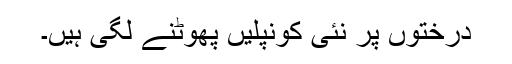
درختوں پر نئی کونپلیں پھوٹنے لگی ہیں۔